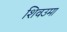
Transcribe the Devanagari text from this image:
शिवउमा